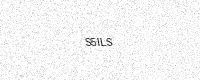
Text: S5ILS